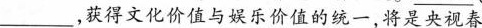
___获得文化价值与娱乐价值的统一，将是央视春